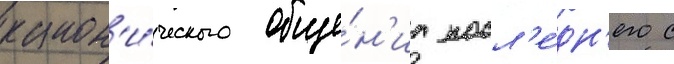
канон'и́ческого обще́н'иа посл'е́дн'его с